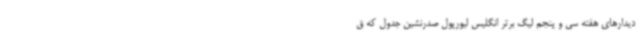
دیدارهای هفته سی و پنجم لیگ برتر انگلیس لیورپول صدرنشین جدول که ق